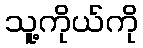
သူ့ကိုယ်ကို